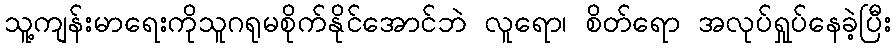
သူ့ကျန်းမာရေးကိုသူဂရုမစိုက်နိုင်အောင်ဘဲ လူရော၊ စိတ်ရော အလုပ်ရှုပ်နေခဲ့ပြီး